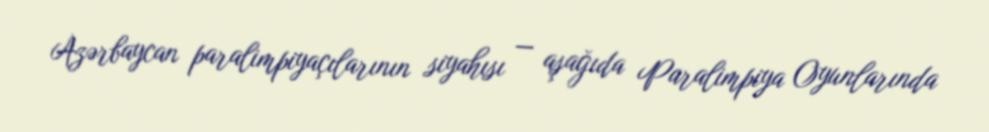
Azərbaycan paralimpiyaçılarının siyahısı — aşağıda Paralimpiya Oyunlarında